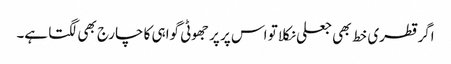
اگر قطری خط بھی جعلی نکلا تو اس پر پر جھوٹی گواہی کا چارج بھی لگتا ہے۔